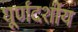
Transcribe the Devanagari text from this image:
घूर्णदर्शीय